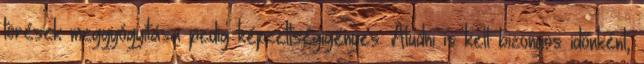
törések meggyógyítása pedig képzettségigényes. Aludni is kell bizonyos időnként,